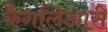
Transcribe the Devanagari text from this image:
कैगलिआरी